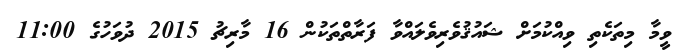
ވީމާ މިތަކެތި ވިއްކުމަށް ޝައުޤުވެރިވެލައްވާ ފަރާތްތަކުން 16 މާރިޗު 2015 ދުވަހުގެ 11:00